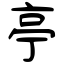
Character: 亭